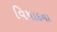
વિષાદના